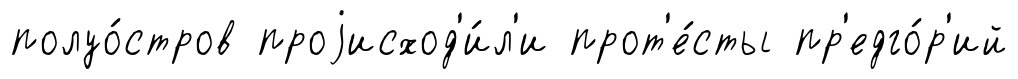
полуо́стров проjисход'и́л'и прот'е́сты пр'едго́р'ий